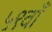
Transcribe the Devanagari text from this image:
५९वाँ